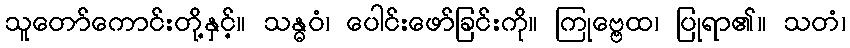
သူတော်ကောင်းတို့နှင့်။ သန္ဓဝံ၊ ပေါင်းဖော်ခြင်းကို။ ကြုဗ္ဗေထ၊ ပြုရာ၏။ သတံ၊